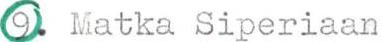
9. Matka Siperiaan